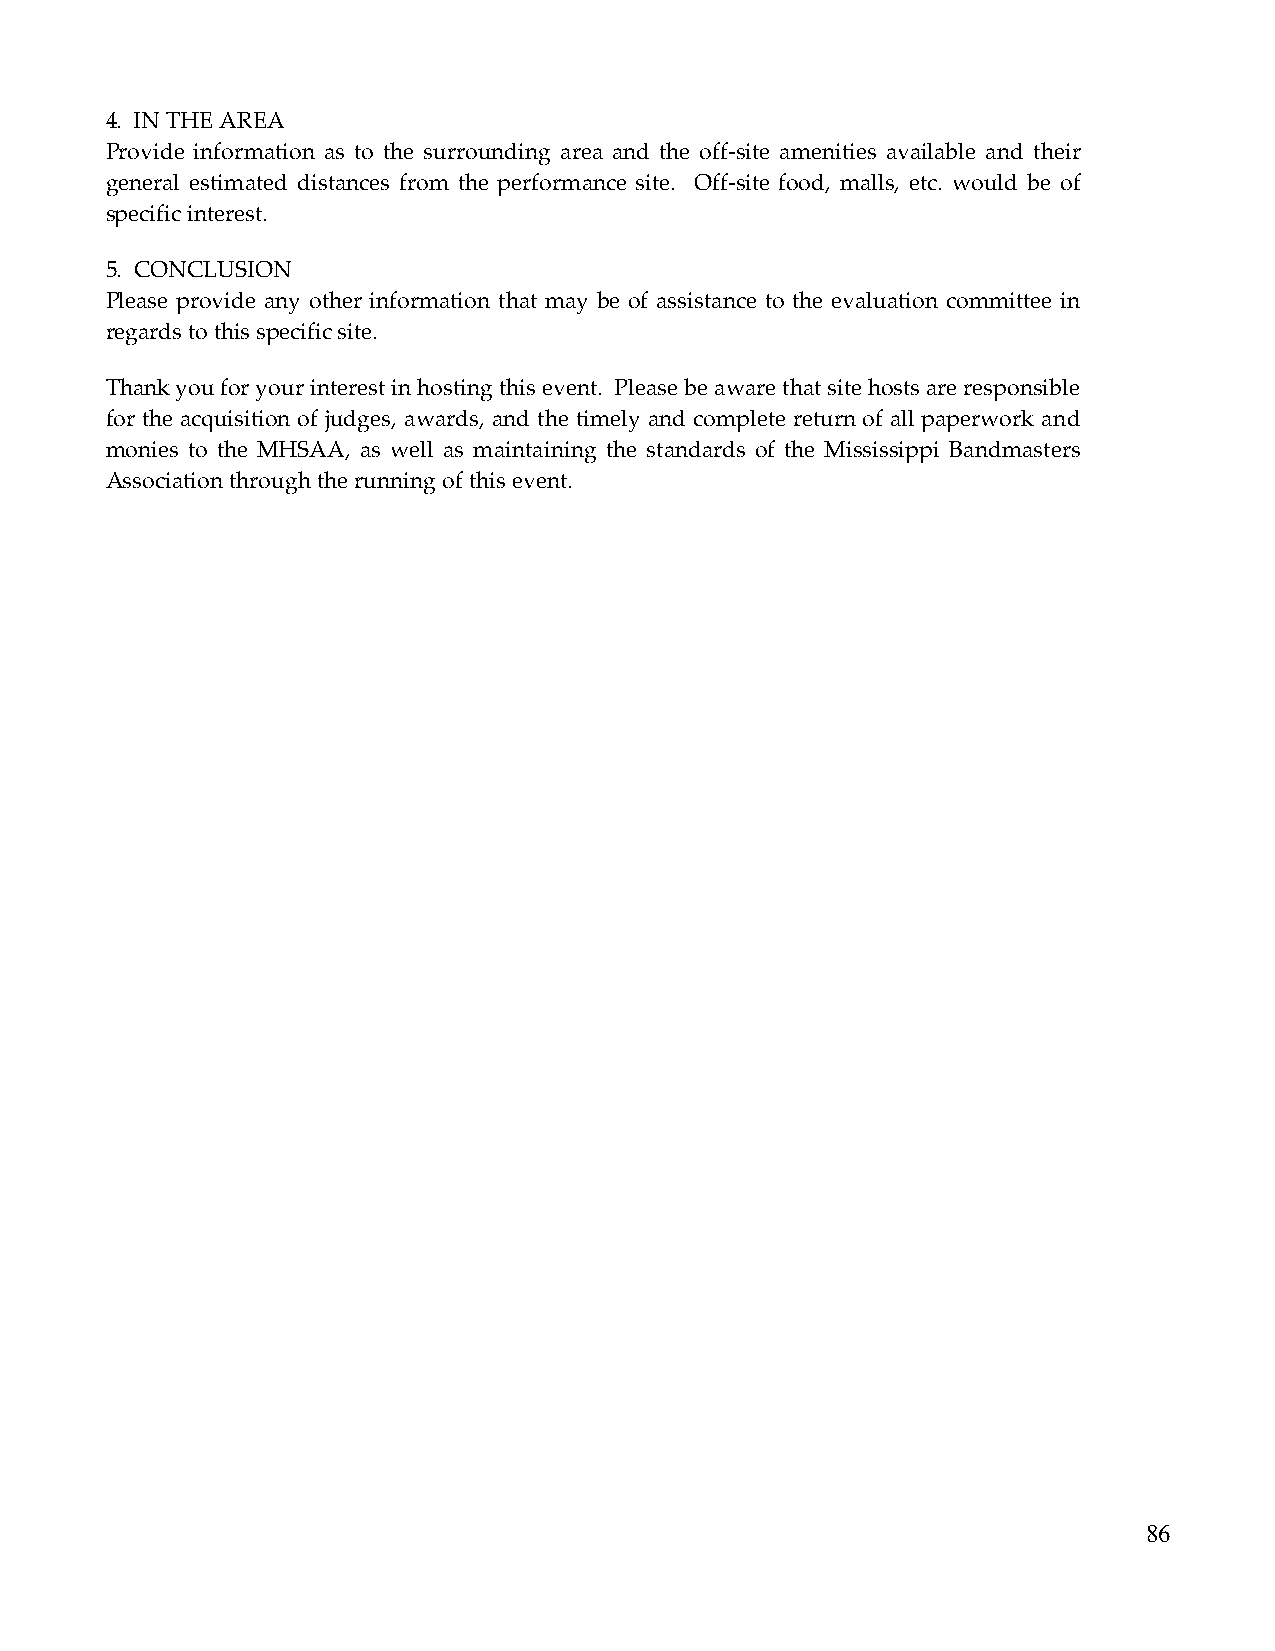
4. IN THE AREA
 Provide information as to the surrounding area and the off-site amenities available and their
 general estimated distances from the performance site. Off-site food, malls, etc. would be of
 specific interest.
 5. CONCLUSION
 Please provide any other information that may be of assistance to the evaluation committee in
 regards to this specific site.
 Thank you for your interest in hosting this event. Please be aware that site hosts are responsible
 for the acquisition of judges, awards, and the timely and complete return of all paperwork and
 monies to the MHSAA, as well as maintaining the standards of the Mississippi Bandmasters
 Association through the running of this event.
 86